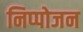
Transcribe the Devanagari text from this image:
निप्‍पोजन